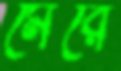
মেরে